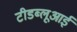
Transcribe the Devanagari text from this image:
टीडब्लूआई